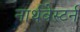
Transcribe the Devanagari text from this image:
नार्थवेस्टर्न